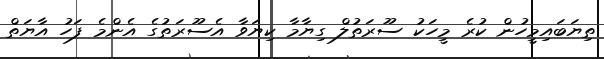
ތިޔަބައިމީހުން ކުރެ މީހަކު ސޫރަތުލް ގިޔާމާ ކިޔަވާ އެސޫރަތުގެ އެންމެ ފަހު އާޔަތް